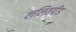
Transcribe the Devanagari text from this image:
ललितपीड